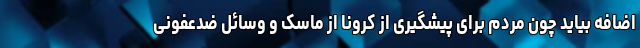
اضافه بیاید چون مردم برای پیشگیری از کرونا از ماسک و وسائل ضدعفونی